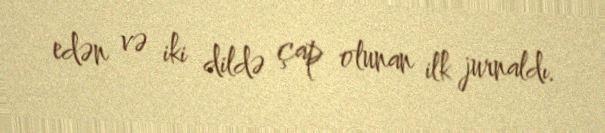
edən və iki dildə çap olunan ilk jurnaldı.